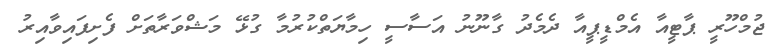
ޖުމްހޫރީ ޕާޓީއާ އެމްޑީޕީއާ ދެމެދު ގާނޫނު އަސާސީ ހިމާޔަތްކުރުމާ ގުޅޭ މަޝްވަރާތަށް ފެށިފައިވާއިރު